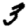
Digit: 3